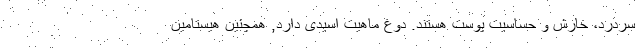
سردرد، خارش و حساسیت پوست هستند. دوغ ماهیت اسیدی دارد, همچنین هیستامین